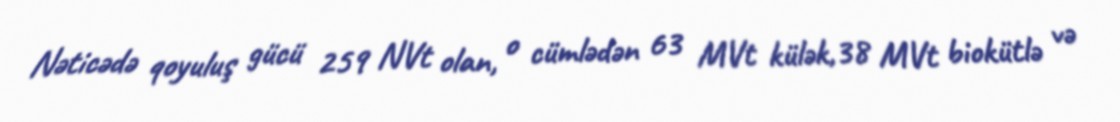
Nəticədə qoyuluş gücü 259 NVt olan, o cümlədən 63 MVt külək,38 MVt biokütlə və